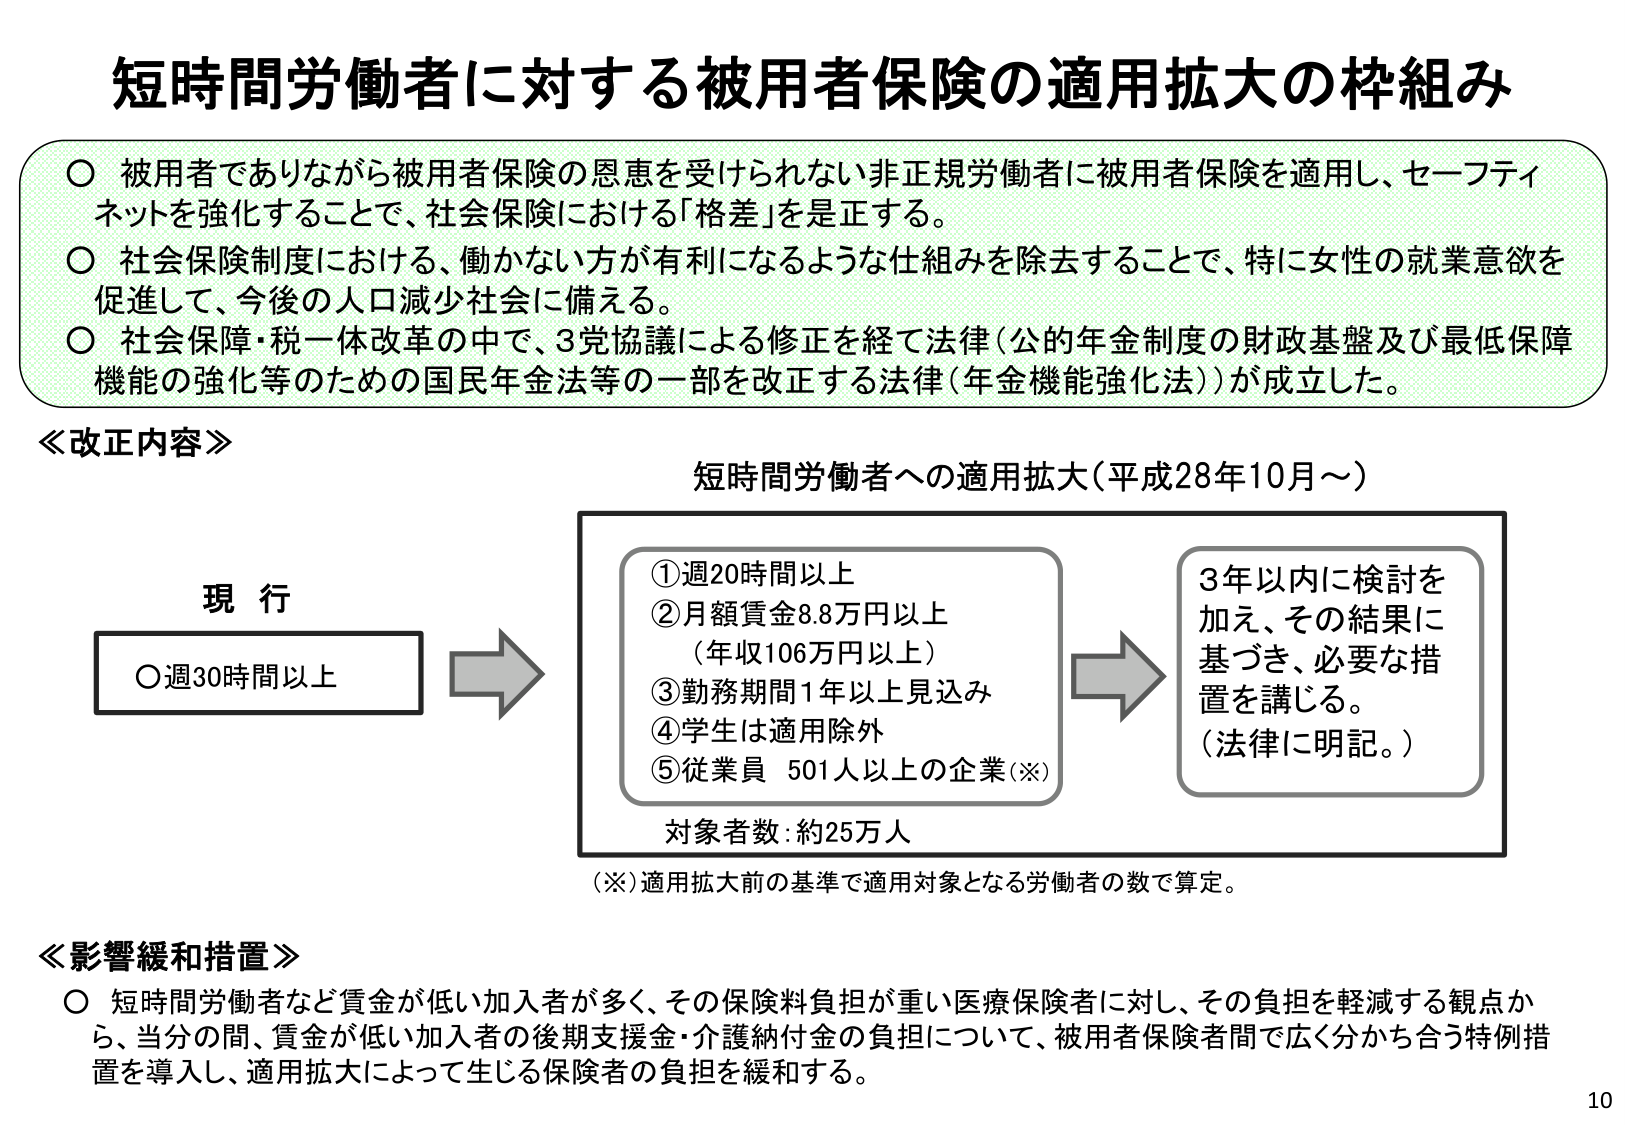
短時間労働者に対する被用者保険の適用拡大の枠組み

○ 被用者でありながら被用者保険の恩恵を受けられない非正規労働者に被用者保険を適用し、セーフティネットを強化することで、社会保険における「格差」を是正する。
○ 社会保険制度における、働かない方が有利になるような仕組みを除去することで、特に女性の就業意欲を促進して、今後の人口減少社会に備える。
○ 社会保障・税一体改革の中で、3党協議による修正を経て法律（公的年金制度の財政基盤及び最低保障機能の強化等のための国民年金法等の一部を改正する法律（年金機能強化法））が成立した。

≪改正内容≫

短時間労働者への適用拡大（平成28年10月～）

現 行
○週30時間以上

①週20時間以上
②月額賃金8.8万円以上
（年収106万円以上）
③勤務期間1年以上見込み
④学生は適用除外
⑤従業員 501人以上の企業（※）

対象者数：約25万人

3年以内に検討を加え、その結果に基づき、必要な措置を講じる。
（法律に明記。）

（※）適用拡大前の基準で適用対象となる労働者の数で算定。

≪影響緩和措置≫

○ 短時間労働者など賃金が低い加入者が多く、その保険料負担が重い医療保険者に対し、その負担を軽減する観点から、当分の間、賃金が低い加入者の後期支援金・介護納付金の負担について、被用者保険者間で広く分かち合う特例措置を導入し、適用拡大によって生じる保険者の負担を緩和する。

10